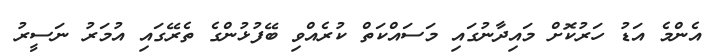
އެންމެ އަޑު ހަރުކޮށް މައިދާނުގައި މަސައްކަތް ކުރެއްވި ބޭފުޅުންގެ ތެރޭގައި އުމަރު ނަސީރު